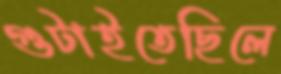
গুটাইতেছিলে